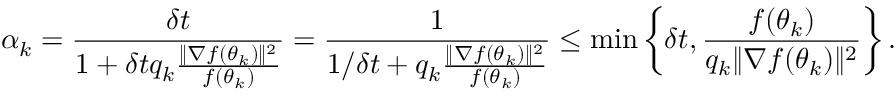
\alpha _ { k } = \frac { \delta t } { 1 + \delta t q _ { k } \frac { \| \nabla f ( \theta _ { k } ) \| ^ { 2 } } { f ( \theta _ { k } ) } } = \frac { 1 } { 1 / \delta t + q _ { k } \frac { \| \nabla f ( \theta _ { k } ) \| ^ { 2 } } { f ( \theta _ { k } ) } } \leq \operatorname* { m i n } \left\{ \delta t , \frac { f ( \theta _ { k } ) } { q _ { k } \| \nabla f ( \theta _ { k } ) \| ^ { 2 } } \right\} .